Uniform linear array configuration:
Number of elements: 12
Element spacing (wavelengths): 0.25
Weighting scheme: binomial
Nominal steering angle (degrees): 15
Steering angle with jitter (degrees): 16.684
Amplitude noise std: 0.05
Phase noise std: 0.05

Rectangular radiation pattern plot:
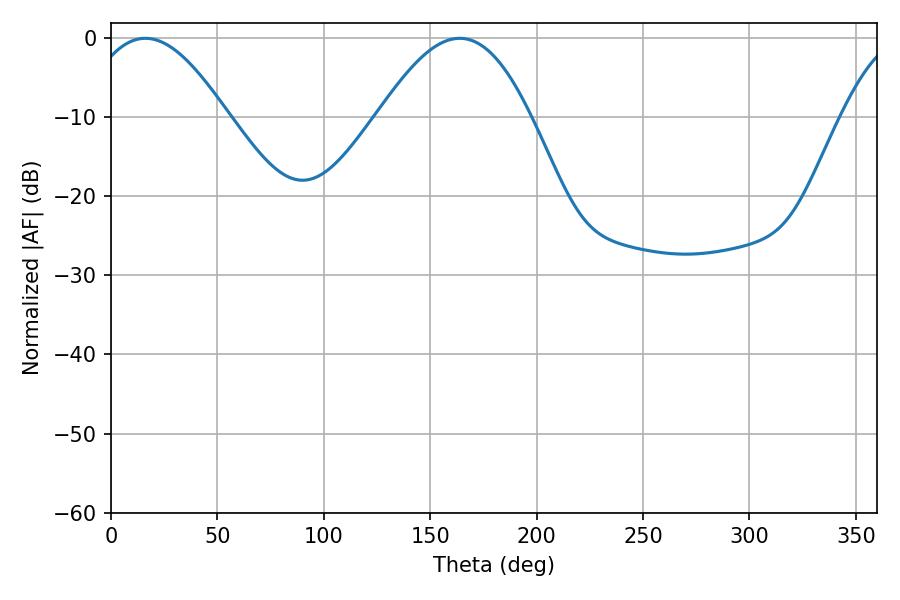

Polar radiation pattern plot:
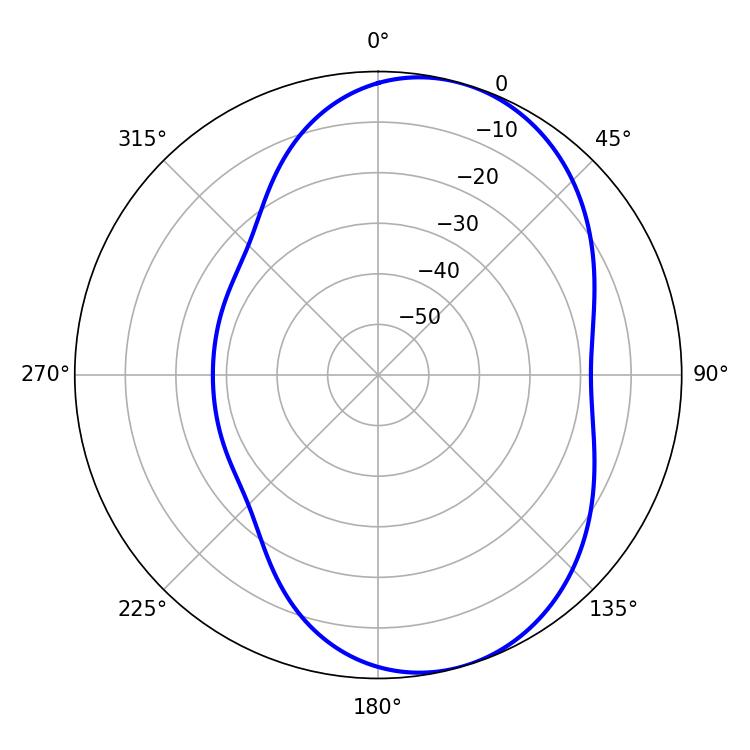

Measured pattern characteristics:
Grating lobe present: FALSE
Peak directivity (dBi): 6.517
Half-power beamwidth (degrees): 36.36
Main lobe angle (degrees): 16.2